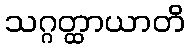
သဂ္ဂတ္ထာယာတိ